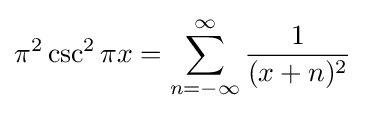
\pi ^{2}\csc ^{2}\pi x=\sum _{n=-\infty }^{\infty }{\frac {1}{(x+n)^{2}}}